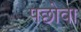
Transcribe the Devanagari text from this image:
पछोवा